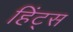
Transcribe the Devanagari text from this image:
हिंट्स